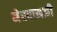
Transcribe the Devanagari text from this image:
मेरवानजी